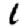
Digit: 1